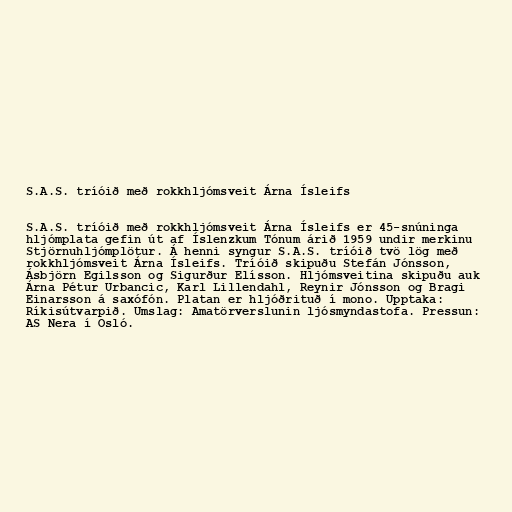
S.A.S. tríóið með rokkhljómsveit Árna Ísleifs

S.A.S. tríóið með rokkhljómsveit Árna Ísleifs er 45-snúninga
hljómplata gefin út af Íslenzkum Tónum árið 1959 undir merkinu
Stjörnuhljómplötur. Á henni syngur S.A.S. tríóið tvö lög með
rokkhljómsveit Árna Ísleifs. Tríóið skipuðu Stefán Jónsson,
Ásbjörn Egilsson og Sigurður Elísson. Hljómsveitina skipuðu auk
Árna Pétur Urbancic, Karl Lillendahl, Reynir Jónsson og Bragi
Einarsson á saxófón. Platan er hljóðrituð í mono. Upptaka:
Ríkisútvarpið. Umslag: Amatörverslunin ljósmyndastofa. Pressun:
AS Nera í Osló.